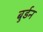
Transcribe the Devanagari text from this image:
बुर्डन